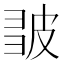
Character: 𭽪